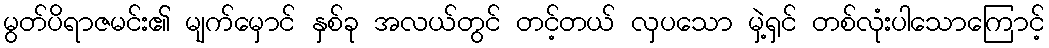
မွတ်ပိရာဇမင်း၏ မျက်မှောင် နှစ်ခု အလယ်တွင် တင့်တယ် လှပသော မှဲ့ရှင် တစ်လုံးပါသောကြောင့်